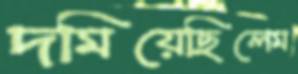
দমিয়েছিলেম